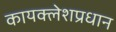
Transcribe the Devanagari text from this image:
कायक्लेशप्रधान